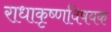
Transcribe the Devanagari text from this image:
राधाकृष्णविषयक